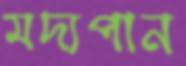
মদ্যপান